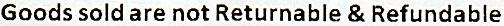
GOODS SOLD ARE NOT RETURNABLE & REFUNDABLE